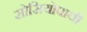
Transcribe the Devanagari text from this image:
सोसियोपाथी